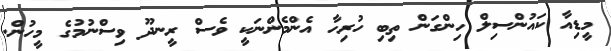
މީޑިއާ ކައުންސިލް ހިންގަން ތިބި ހުރިހާ އެންމެންނަކީ ވެސް ރީނދޫ ވިސްނުމުގެ މީހުން.